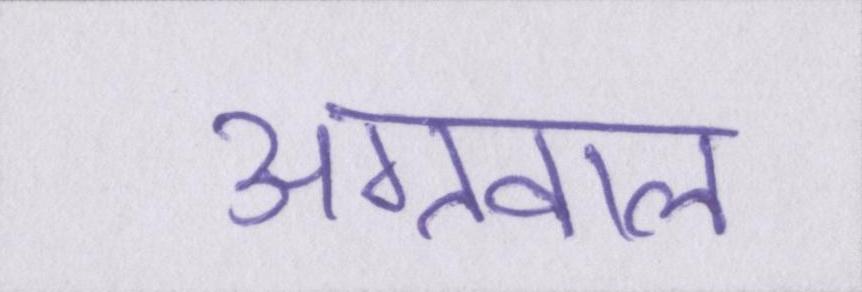
अग्रवाल